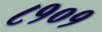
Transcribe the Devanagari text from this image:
८१०१